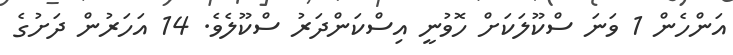
އަންހެން 1 ވަނަ ސްކޫލަކަށް ހޮވުނީ އިސްކަންދަރު ސްކޫލެވެ. 14 އަހަރުން ދަށުގެ